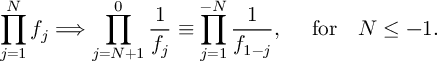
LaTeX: \prod _ { j = 1 } ^ { N } f _ { j } \Longrightarrow \prod _ { j = N + 1 } ^ { 0 } { \frac { 1 } { f _ { j } } } \equiv \prod _ { j = 1 } ^ { - N } { \frac { 1 } { f _ { 1 - j } } } , \quad \mathrm { ~ f o r } \quad N \leq - 1 .